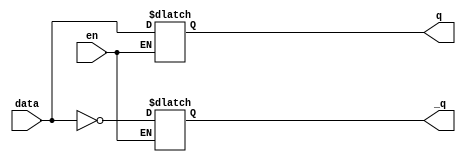
module D_latch3 (
output q, _q,
input data,en // LatchInput// Data Input 
//reset  , // Reset input
);

//------------Internal Variables--------
reg q;
reg _q;

//-------------Code Starts Here---------
always @ (en or data)
if (en) begin
  q <= data;
  _q <= !data;
end

endmodule